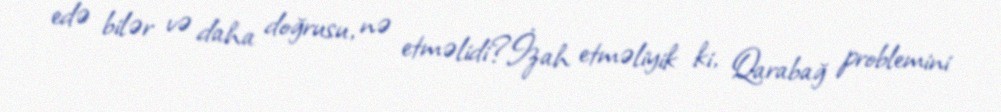
edə bilər və daha doğrusu, nə etməlidi?İzah etməliyik ki, Qarabağ problemini